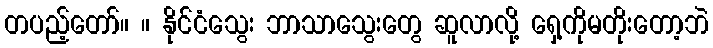
တပည့်တော်။ ။ နိုင်ငံသွေး ဘာသာသွေးတွေ ဆူလာလို့ ရှေ့ကိုမတိုးတော့ဘဲ